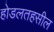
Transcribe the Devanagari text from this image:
होडलतहसील